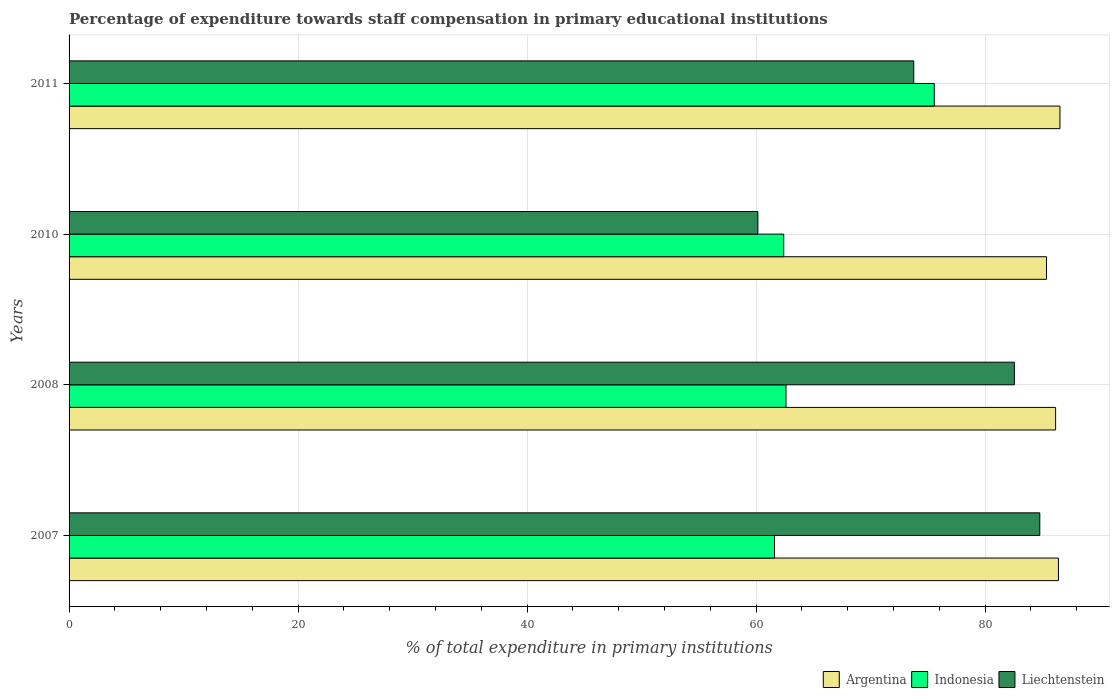
| Years | Argentina | Indonesia | Liechtenstein |
 | --- | --- | --- | --- |
 | 2007 | 86.4 | 61.6 | 84.8 |
 | 2008 | 86.2 | 62.6 | 82.5 |
 | 2010 | 85.4 | 62.4 | 60.2 |
 | 2011 | 86.5 | 75.6 | 73.8 |